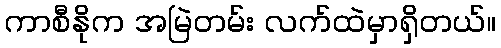
ကာစီနိုက အမြဲတမ်း လက်ထဲမှာရှိတယ်။